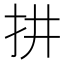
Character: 𢪝